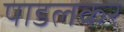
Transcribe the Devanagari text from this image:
पाडलकर